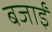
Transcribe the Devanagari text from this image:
बजाईं